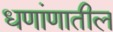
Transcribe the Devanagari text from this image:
धणांणातील